Report of the Municipal Commissioner on the plague in Bombay for the year ending 31st May... - Volume 3
Disease focus: Plague
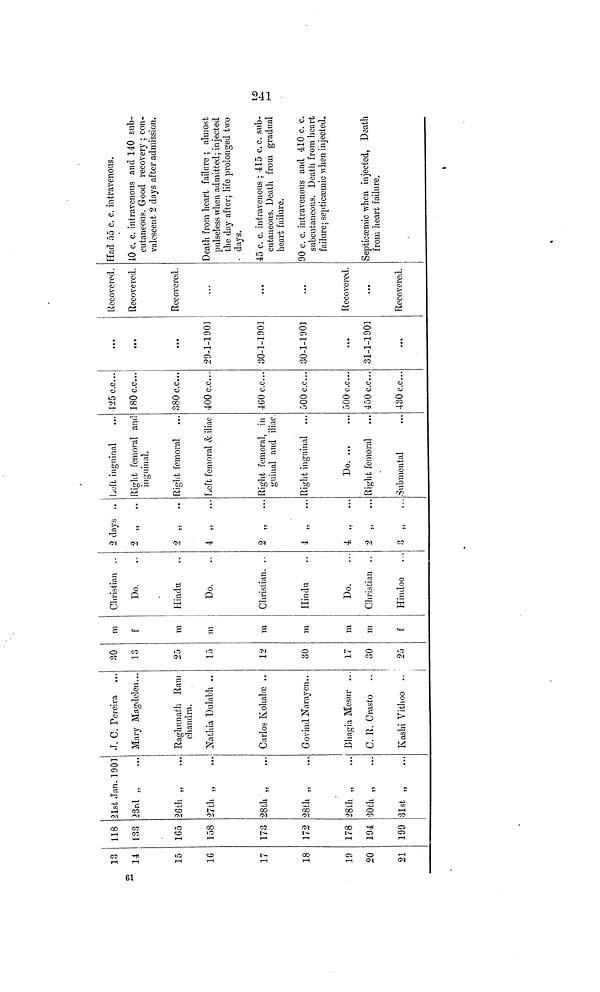
13
14
15
16
17
18
19
20
21
118
133
165
158
173
172
178
194
199
21st Jan. 1901
23rd „
26th „
...
27th „
28th „
...
28th „
28th „
...
30th „
31st „
J. C. Pereira
Mary Magdelen...
Raghunath Ram
chandra.
Nathia Dulabh ..
Carlos Kohalœ ..
Govind Narayen..
Bhagia Mesur ...
C. R. Crasto ..
Kashi Vithoo ..
30
13
25
15
12
30
17
30
25
m
f
m
m
m
m
m
m
f
Christian ..
Do.
Hindu
Do.
Christian. ..
Hindu
Do.
Christian ..
Hindoo
2 days ..
2 „
..
2 „
..
4 „
...
2 „
...
4 „
...
4 „
...
2
,,
3 „
Left inguinal
...
Right femoral and
inguinal.
Rig-lit femoral
Left femoral & iliac
Right femoral, in
guinal and iliac.
Right inguinal
Do
Right femoral
Submental
...
425 c.c...
180 c.c...
380 c.c...
400 c.c...
460c.c...
500 c.c...
500 c.c...
450 c.c...
430 c.c...
...
...
29-1-1901
30-1-1901
30-1-1901
...
31-1-1901
...
Recovered.
Recovered.
Recovered.
Recovered.
Recovered.
Had 55 c. c. intravenous.
40 c. c. intravenous and 140 sub-
cutaneous. Good recovery ; con-
valescent 2 clays after admission.
Death from heart failure ; almost
pulseless when admitted; injected
the day after; life prolonged two
days.
45 c. c. intravenous ; 415 c.c. sub-
cutaneous. Death from gradual
heart failure.
90 c. c. intravenous and 410 c. c.
subcutaneous. Death from heart
failure; septicaemic when injected.
Septicœmic when injected, Death
from heart failure.
241